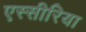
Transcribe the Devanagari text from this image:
एस्सीरिया